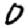
Digit: 0